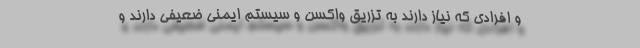
و افرادی که نیاز دارند به تزریق واکسن و سیستم ایمنی ضعیفی دارند و